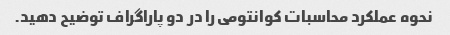
نحوه عملکرد محاسبات کوانتومی را در دو پاراگراف توضیح دهید.